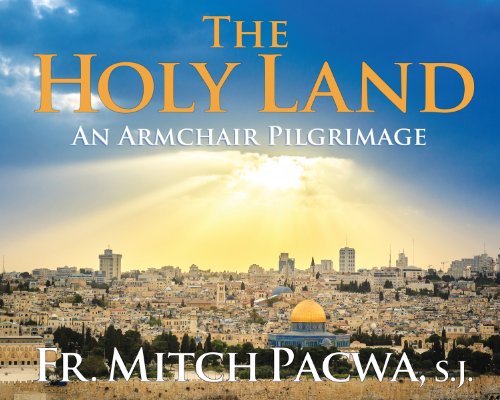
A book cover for The Holy Land: An Armchair Pilgrimage; Mitch Pacwa; Travel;